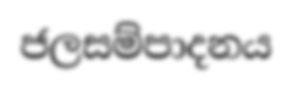
ජලසම්පාදනය